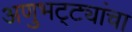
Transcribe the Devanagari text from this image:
अणुभट्ट्यांचा